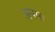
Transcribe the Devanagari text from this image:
अपमा